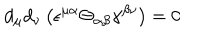
d _ { \mu } d _ { \nu } \left( \epsilon ^ { \mu \alpha } \Theta _ { \alpha \beta } \gamma ^ { \beta \nu } \right) = 0